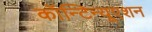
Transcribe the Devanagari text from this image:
कॉन्‍टिन्‍यूएशन